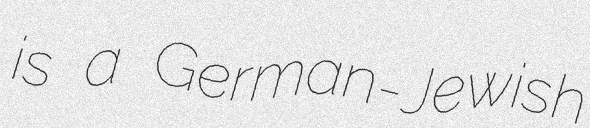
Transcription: is a German-Jewish